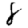
Digit: 8